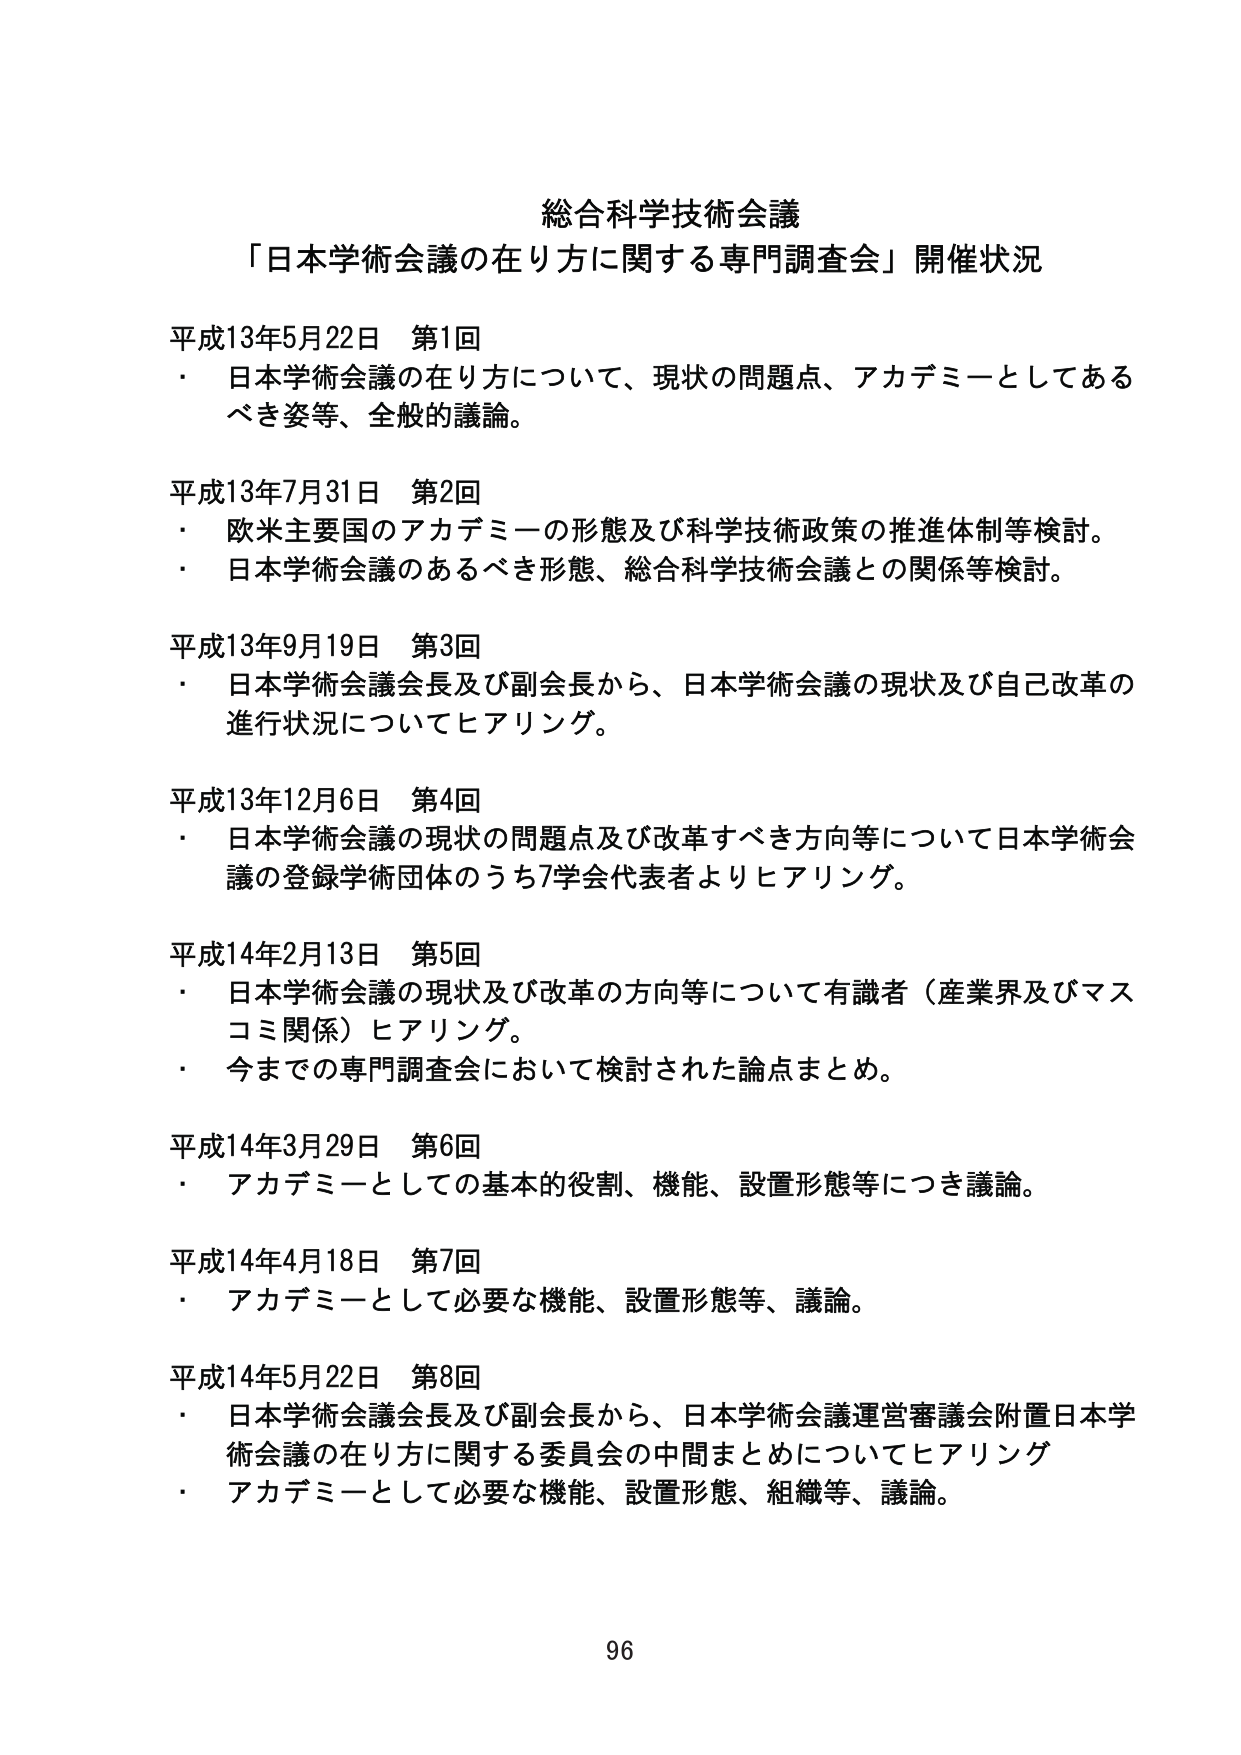
総合科学技術会議
「日本学術会議の在り方に関する専門調査会」開催状況

平成13年5月22日 第1回
・ 日本学術会議の在り方について、現状の問題点、アカデミーとしてあるべき姿等、全般的議論。

平成13年7月31日 第2回
・ 欧米主要国のアカデミーの形態及び科学技術政策の推進体制等検討。
・ 日本学術会議のあるべき形態、総合科学技術会議との関係等検討。

平成13年9月19日 第3回
・ 日本学術会議会長及び副会長から、日本学術会議の現状及び自己改革の進行状況についてヒアリング。

平成13年12月6日 第4回
・ 日本学術会議の現状の問題点及び改革すべき方向等について日本学術会議の登録学術団体のうち7学会代表者よりヒアリング。

平成14年2月13日 第5回
・ 日本学術会議の現状及び改革の方向等について有識者（産業界及びマスコミ関係）ヒアリング。
・ 今までの専門調査会において検討された論点まとめ。

平成14年3月29日 第6回
・ アカデミーとしての基本的役割、機能、設置形態等につき議論。

平成14年4月18日 第7回
・ アカデミーとして必要な機能、設置形態等、議論。

平成14年5月22日 第8回
・ 日本学術会議会長及び副会長から、日本学術会議運営審議会附置日本学術会議の在り方に関する委員会の中間まとめについてヒアリング
・ アカデミーとして必要な機能、設置形態、組織等、議論。

96